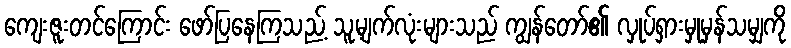
ကျေးဇူးတင်ကြောင်း ဖော်ပြနေကြသည့် သူ့မျက်လုံးများသည် ကျွန်တော်၏ လှုပ်ရှားမှုမှန်သမျှကို